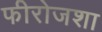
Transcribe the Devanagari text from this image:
फीरोजशा